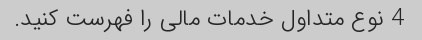
4 نوع متداول خدمات مالی را فهرست کنید.